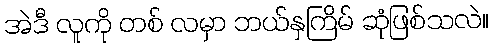
အဲဒီ လူကို တစ် လမှာ ဘယ်နှကြိမ် ဆုံဖြစ်သလဲ။